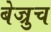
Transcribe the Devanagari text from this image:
बेज्रुच